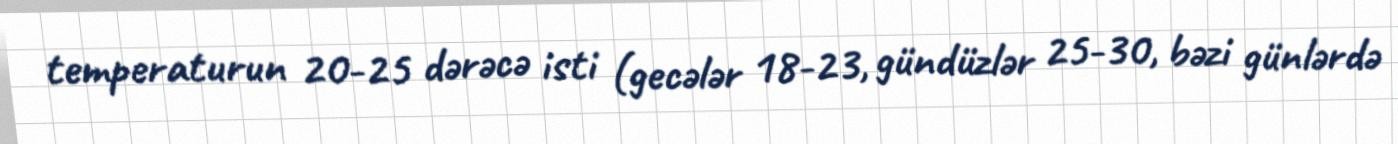
temperaturun 20-25 dərəcə isti (gecələr 18-23, gündüzlər 25-30, bəzi günlərdə